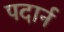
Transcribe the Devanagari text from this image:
पदार्न